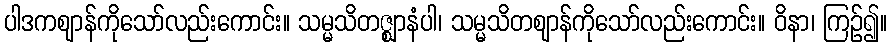
ပါဒကဈာန်ကိုသော်လည်းကောင်း။ သမ္မသိတဇ္ဈာနံပါ၊ သမ္မသိတဈာန်ကိုသော်လည်းကောင်း။ ဝိနာ၊ ကြဉ်၍။